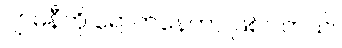
ဂျာမနီကို ရောက်နေတာ ဖြစ်ပါတယ်။